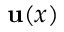
\mathbf { u } ( x )